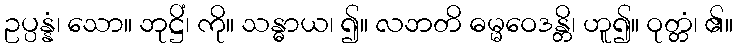
ဥပ္ပန္နံ၊ သော။ ဘုဋ္ဌိံ၊ ကို။ သန္ဓာယ၊ ၍။ လဘတိ ဓမ္မဝေဒန္တိ၊ ဟူ၍။ ဝုတ္တံ၊ ၏။